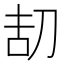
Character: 𠛽